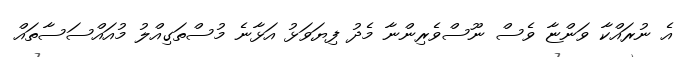
އެ ނުރައްކާ ވަންޏާ ވެސް ނޫސްވެރިންނާ މެދު ފިޔަވަޅު އަޅާނެ މުސްތަގިއްލު މުއައްސަސާތައް